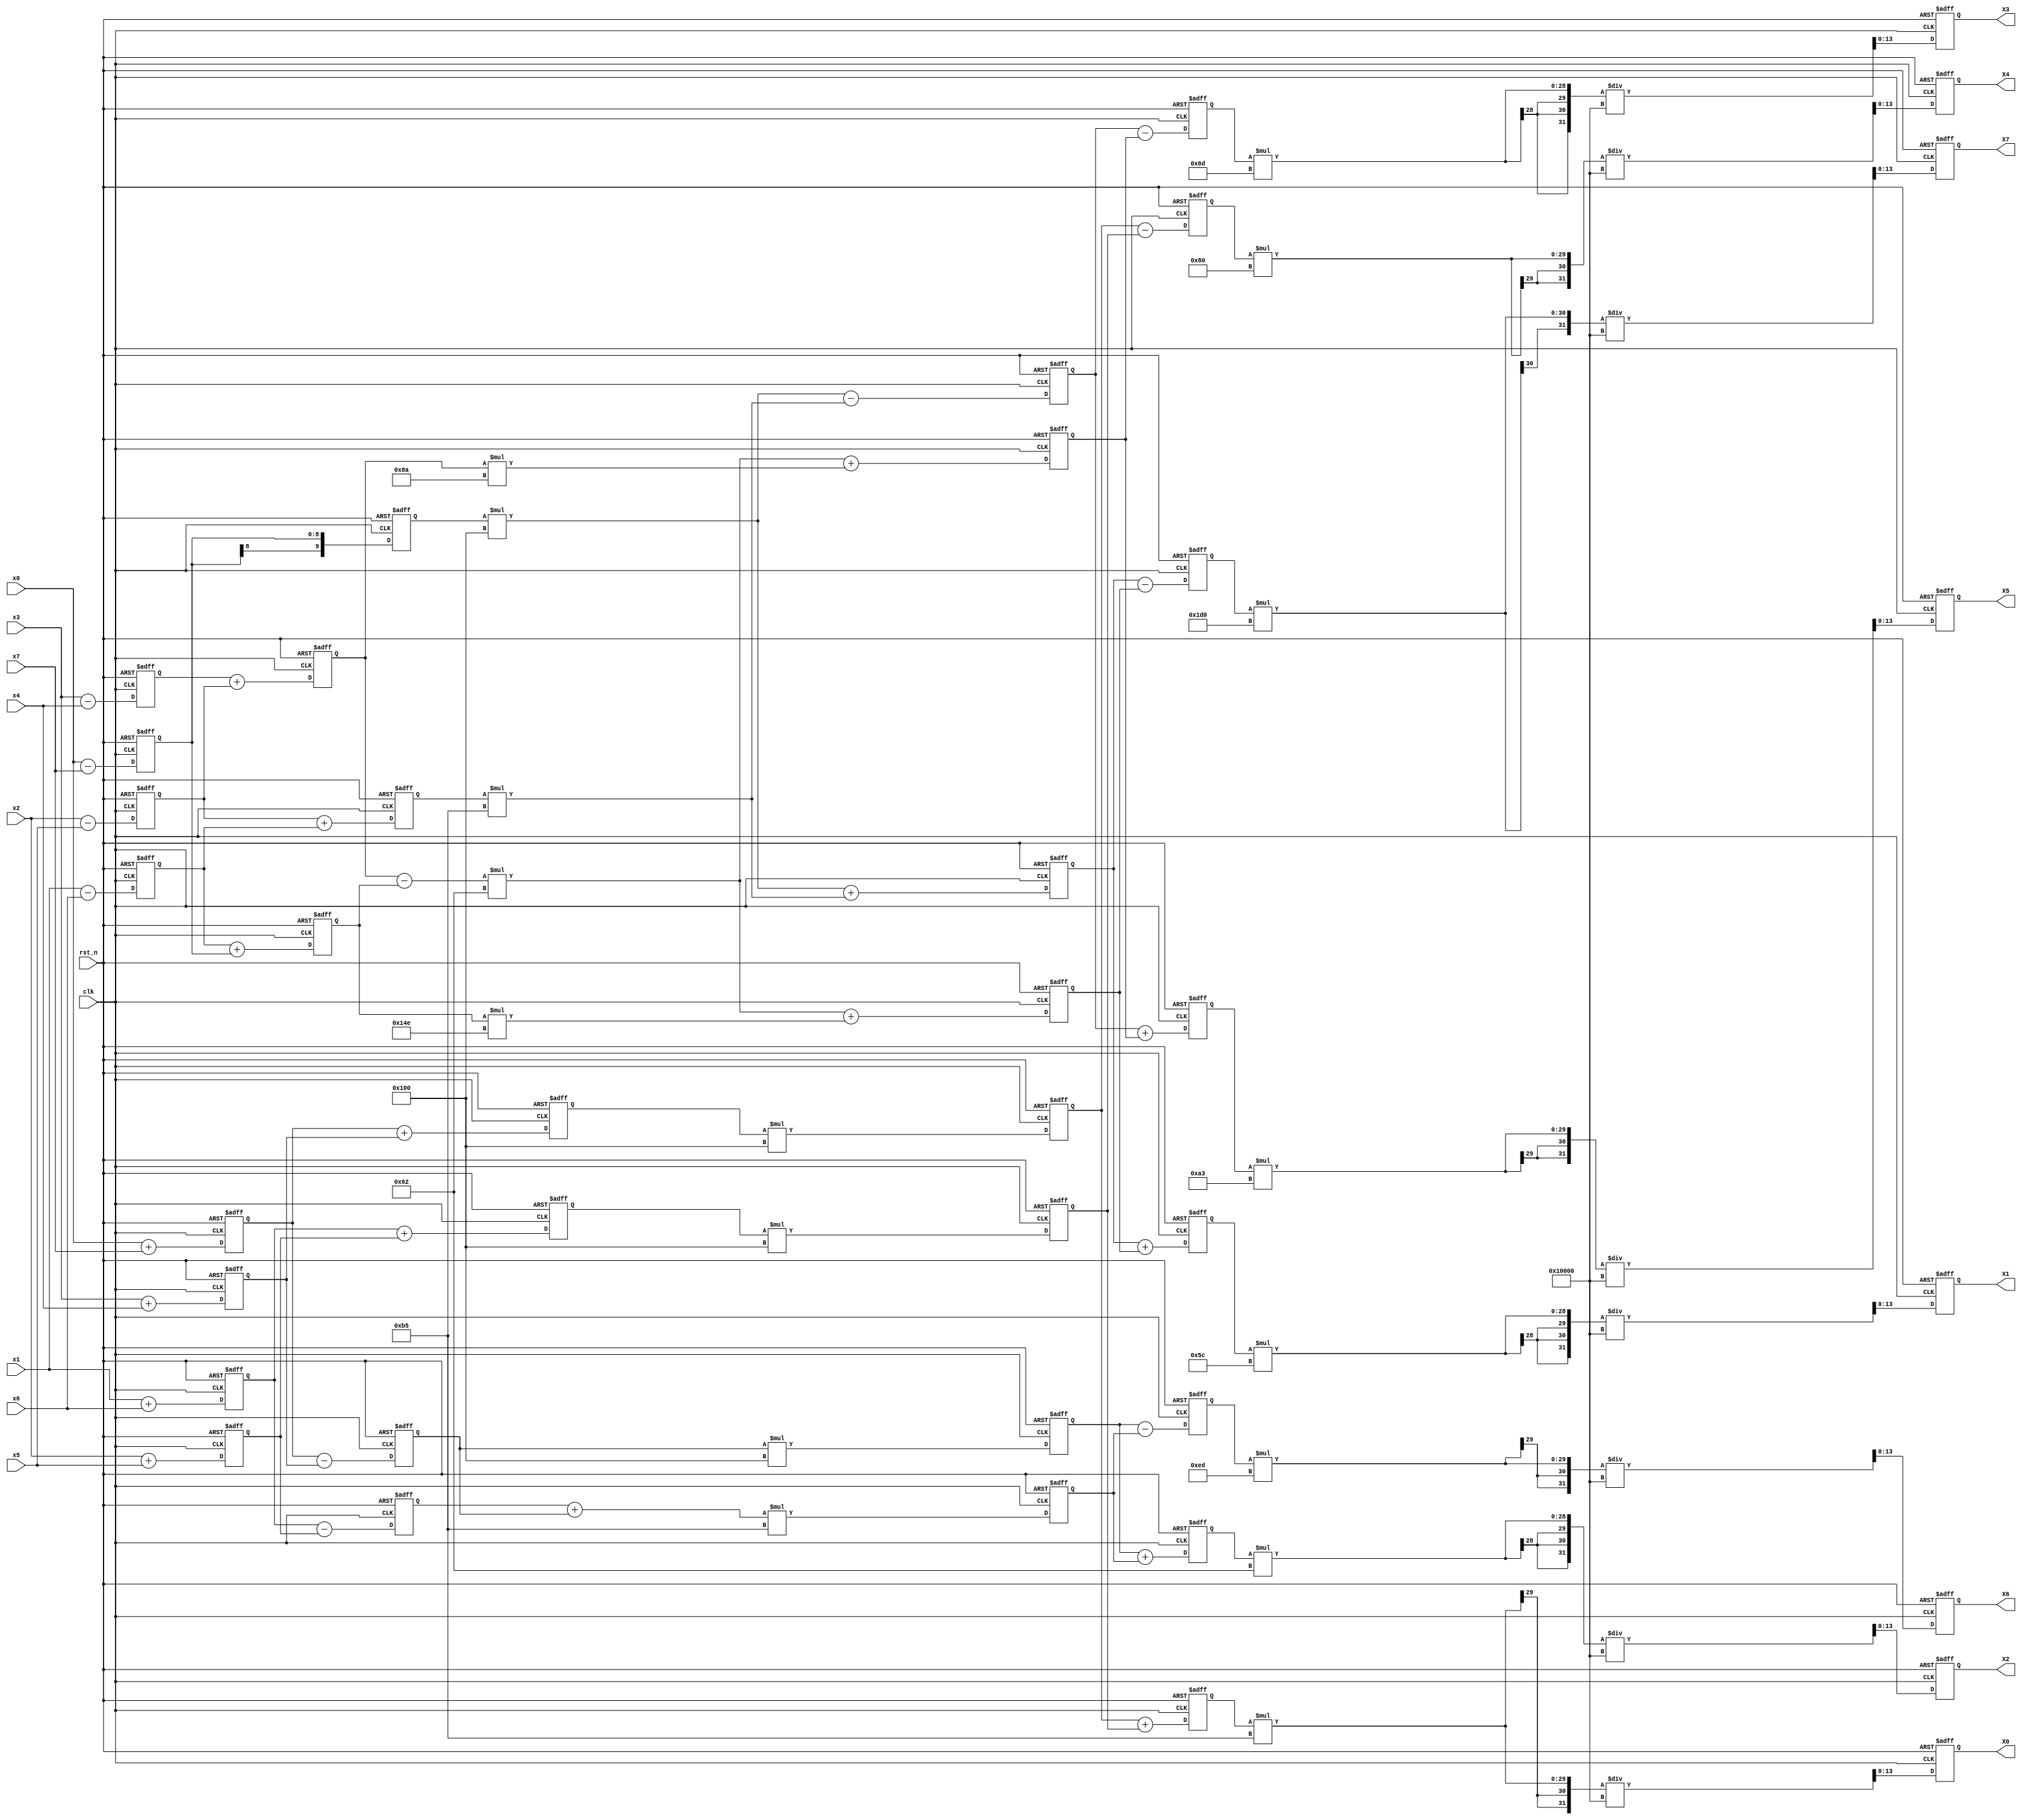
`timescale 1ns / 1ps
module dct_1D
#(
    parameter integer N=8
)
(
input clk,
input rst_n,
input signed[N-1:0] x0, 
input signed[N-1:0] x1, 
input signed[N-1:0] x2,
input signed[N-1:0] x3,
input signed[N-1:0] x4,
input signed[N-1:0] x5,
input signed[N-1:0] x6,
input signed[N-1:0] x7,
output reg signed[N+5:0] X0,//1-sign, n+1int, 16-fixed point
output reg signed[N+5:0] X1,
output reg signed[N+5:0] X2,
output reg signed[N+5:0] X3,
output reg signed[N+5:0] X4,
output reg signed[N+5:0] X5,
output reg signed[N+5:0] X6,
output reg signed[N+5:0] X7
);
parameter signed cos_1_rev = $signed({1'd0,8'd92});  //1/(2**(3/2)*cos(pi/16)
parameter signed cos_2_rev = $signed({1'd0,8'd98});  
parameter signed cos_3_rev = $signed({1'd0,8'd109});  
parameter signed cos_4_rev = $signed({1'd0,8'd128});  
parameter signed cos_5_rev = $signed({1'd0,8'd163});  
parameter signed cos_6_rev = $signed({1'd0,8'd237});  
parameter signed cos_7_rev = $signed({1'd0,9'd464});  

parameter signed rt_2_rev =  $signed({1'd0,8'd181});

parameter signed cos_1 = $signed({1'd0,8'd236});
parameter signed cos_3 = $signed({1'd0,8'd98});    

reg signed[N:0] a0,a1,a2,a3,a4,a5,a6,a7;  //sign 1 int N
always @(posedge clk, negedge rst_n) begin
    if(!rst_n) begin    
        a0 <= 0;
        a1 <= 0;
        a2 <= 0;
        a3 <= 0;
        a4 <= 0;
        a5 <= 0;
        a6 <= 0;
        a7 <= 0;
    end
    else begin
        a0 <= x0 + x7;
        a1 <= x1 + x6;
        a2 <= x2 + x5;
        a3 <= x3 + x4;
        a4 <= x3 - x4;
        a5 <= x2 - x5;
        a6 <= x1 - x6;
        a7 <= x0 - x7;
    end
end

reg signed[N+1:0] b0,b1,b2,b3,b4,b5,b6,b7; //sign 1 int N+1
always @(posedge clk, negedge rst_n) begin
    if(!rst_n) begin
        b0 <= 0;
        b3 <= 0;
        b1 <= 0;
        b2 <= 0;
        b4 <= 0;
        b5 <= 0;
        b6 <= 0;
        b7 <= 0;
    end
    else begin
        b0 <= a0 + a3;
        b3 <= a0 - a3;
        b1 <= a1 + a2;
        b2 <= a1 - a2;
        b4 <= a4 + a5;
        b5 <= a5 + a6;
        b6 <= a6 + a7;
        b7 <= a7;
    end
end

reg signed[N+11:0] c0,c1,c2,c3,c4,c5,c6,c7; //sign 1, int N+3, fixed point 8
always @(posedge clk, negedge rst_n) begin
    if(!rst_n) begin
        c0 <= 0;
        c1 <= 0;
        c2 <= 0;
        c3 <= 0;
        c4 <= 0;
        c6 <= 0;
        c5 <= 0;
        c7 <= 0;
    end
    else begin
        c0 <= b0*256;
        c1 <= b1*256;
        c2 <= (b2 + b3)*rt_2_rev;
        c3 <= b3*256;
        c4 <= (b4-b6)*cos_3 + b4*(cos_1-cos_3);
        c6 <= (b4-b6)*cos_3 + b6*(cos_1+cos_3);
        c5 <= b7*256 + b5*rt_2_rev;
        c7 <= b7*256 - b5*rt_2_rev;
    end
end

reg signed[N+12:0] d0,d1,d2,d3,d4,d5,d6,d7; //sign 1, int N+4, fixed point 8
always @(posedge clk, negedge rst_n) begin
    if(!rst_n) begin
        d0 <= 0;
        d4 <= 0;
        d2 <= 0;
        d6 <= 0;
        d5 <= 0;
        d3 <= 0;
        d1 <= 0;
        d7 <= 0;
    end
    else begin
        d0 <= c0 + c1;
        d4 <= c0 - c1;
        d2 <= c3 + c2;
        d6 <= c3 - c2;
        d5 <= c7 + c4;
        d3 <= c7 - c4;
        d1 <= c5 + c6;
        d7 <= c5 - c6;
    end
end

//total bit N + 6, sign 1, int N + 5, fixed point 0
always @(posedge clk, negedge rst_n) begin
    if(!rst_n) begin
        X0 <= 0;
        X1 <= 0;
        X2 <= 0;
        X3 <= 0;
        X4 <= 0;
        X5 <= 0;
        X6 <= 0;
        X7 <= 0;
    end
    else begin
        X0 <= (d0*rt_2_rev)/65536;
        X1 <= (d1*cos_1_rev)/65536;
        X2 <= (d2*cos_2_rev)/65536;
        X3 <= (d3*cos_3_rev)/65536;
        X4 <= (d4*cos_4_rev)/65536;
        X5 <= (d5*cos_5_rev)/65536;
        X6 <= (d6*cos_6_rev)/65536;
        X7 <= (d7*cos_7_rev)/65536;
    end
end


endmodule